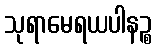
သုရာမေရယပါနဉ္စ